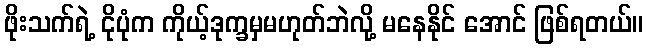
ဖိုးသက်ရဲ့ ငိုပုံက ကိုယ့်ဒုက္ခမှမဟုတ်ဘဲလို့ မနေနိုင် အောင် ဖြစ်ရတယ်။